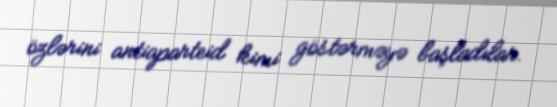
özlərini antiaparteid kimi göstərməyə başladılar.